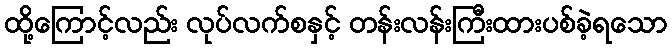
ထို့ကြောင့်လည်း လုပ်လက်စနှင့် တန်းလန်းကြီးထားပစ်ခဲ့ရသော